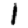
Digit: 1